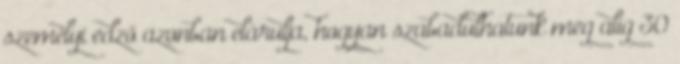
személyi edző azonban elárulja, hogyan szabadulhatunk meg alig 30